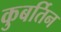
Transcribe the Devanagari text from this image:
कुबर्तिन